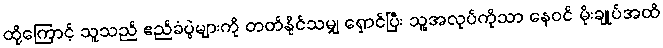
ထို့ကြောင့် သူသည် ဧည်ခံပွဲများကို တတ်နိုင်သမျှ ရှောင်ပြီး သူ့အလုပ်ကိုသာ နေဝင် မိုးချုပ်အထိ